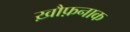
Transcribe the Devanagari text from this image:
ख़ौफ़नाक